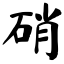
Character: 硝